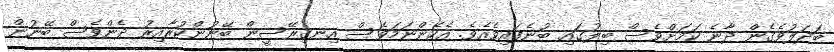
ބަދަލުވެގެން ދާނެ ކަމަށްވެސް ބިލުގައި ބުނެފައިވެއެވެ. އެހެންނަމަވެސް އިނގިރޭސީން ބޭނުންކުރާއިރު ދެންވެސް ބޭނުން